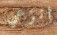
انزعي